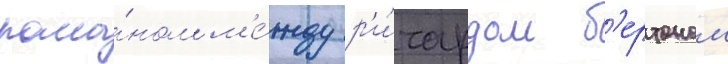
рома́ном м'е́жду р'и́чардом б'ертоном